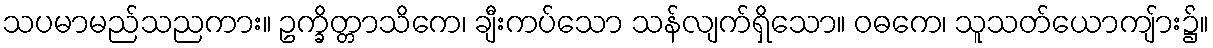
သပမာမည်သညကား။ ဥက္ခိတ္တာသိကေ၊ ချီးကပ်သော သန်လျက်ရှိသော။ ဝဓကေ၊ သူသတ်ယောကျ်ား၌။